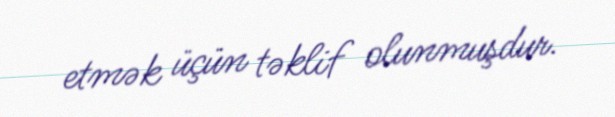
etmək üçün təklif olunmuşdur.